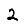
Digit: 2